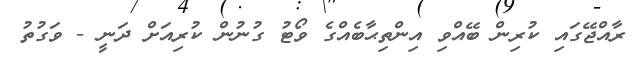
ރާއްޖޭގައި ކުރިން ބޭއްވި އިންތިޙާބެއްގެ ވޯޓު ގުނުން ކުރިއަށް ދަނީ - ވަގުތު